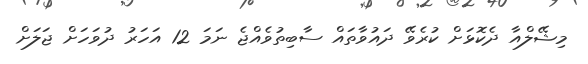
މިޝޭލްއާ ދެކޮޅަށް ކުރެވޭ ދައުވާތައް ސާބިތުވެއްޖެ ނަމަ 12 އަހަރު ދުވަހަށް ޖަލަށް